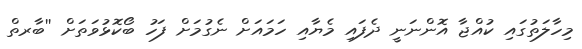
މިހާލަތުގައި ކުއްޖާ އޮންނަނީ ދެފައި މެޔާއި ހަމައަށް ނެގުމަށް ފަހު ބޯކޮޅުވަތަށް ''ބާރތް